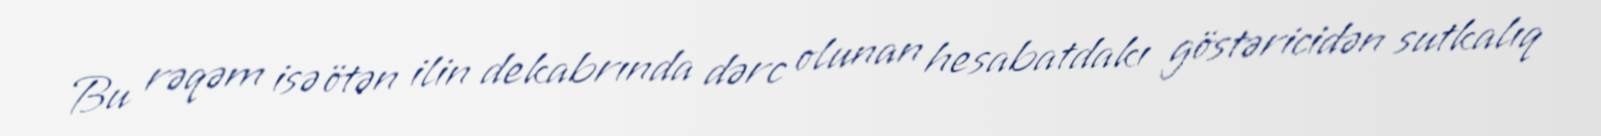
Bu rəqəm isə ötən ilin dekabrında dərc olunan hesabatdakı göstəricidən sutkalıq